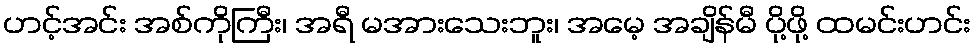
ဟင့်အင်း အစ်ကိုကြီး၊ အရီ မအားသေးဘူး၊ အမေ့ အချိန်မီ ပို့ဖို့ ထမင်းဟင်း